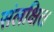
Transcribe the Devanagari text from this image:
संलक्षित